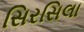
સિરસિલા